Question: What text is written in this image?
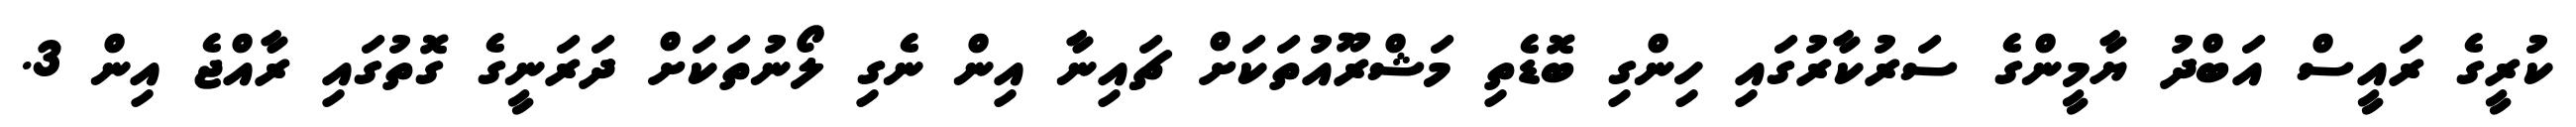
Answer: ކުރީގެ ރައީސް އަބްދު ޔާމީންގެ ސަރުކާރުގައި ހިންގި ބޮޑެތި މަޝްރޫއުތަކަށް ޗައިނާ އިން ނެގި ލޯނުތަކަށް ދަރަނީގެ ގޮތުގައި ރާއްޖެ އިން 3.